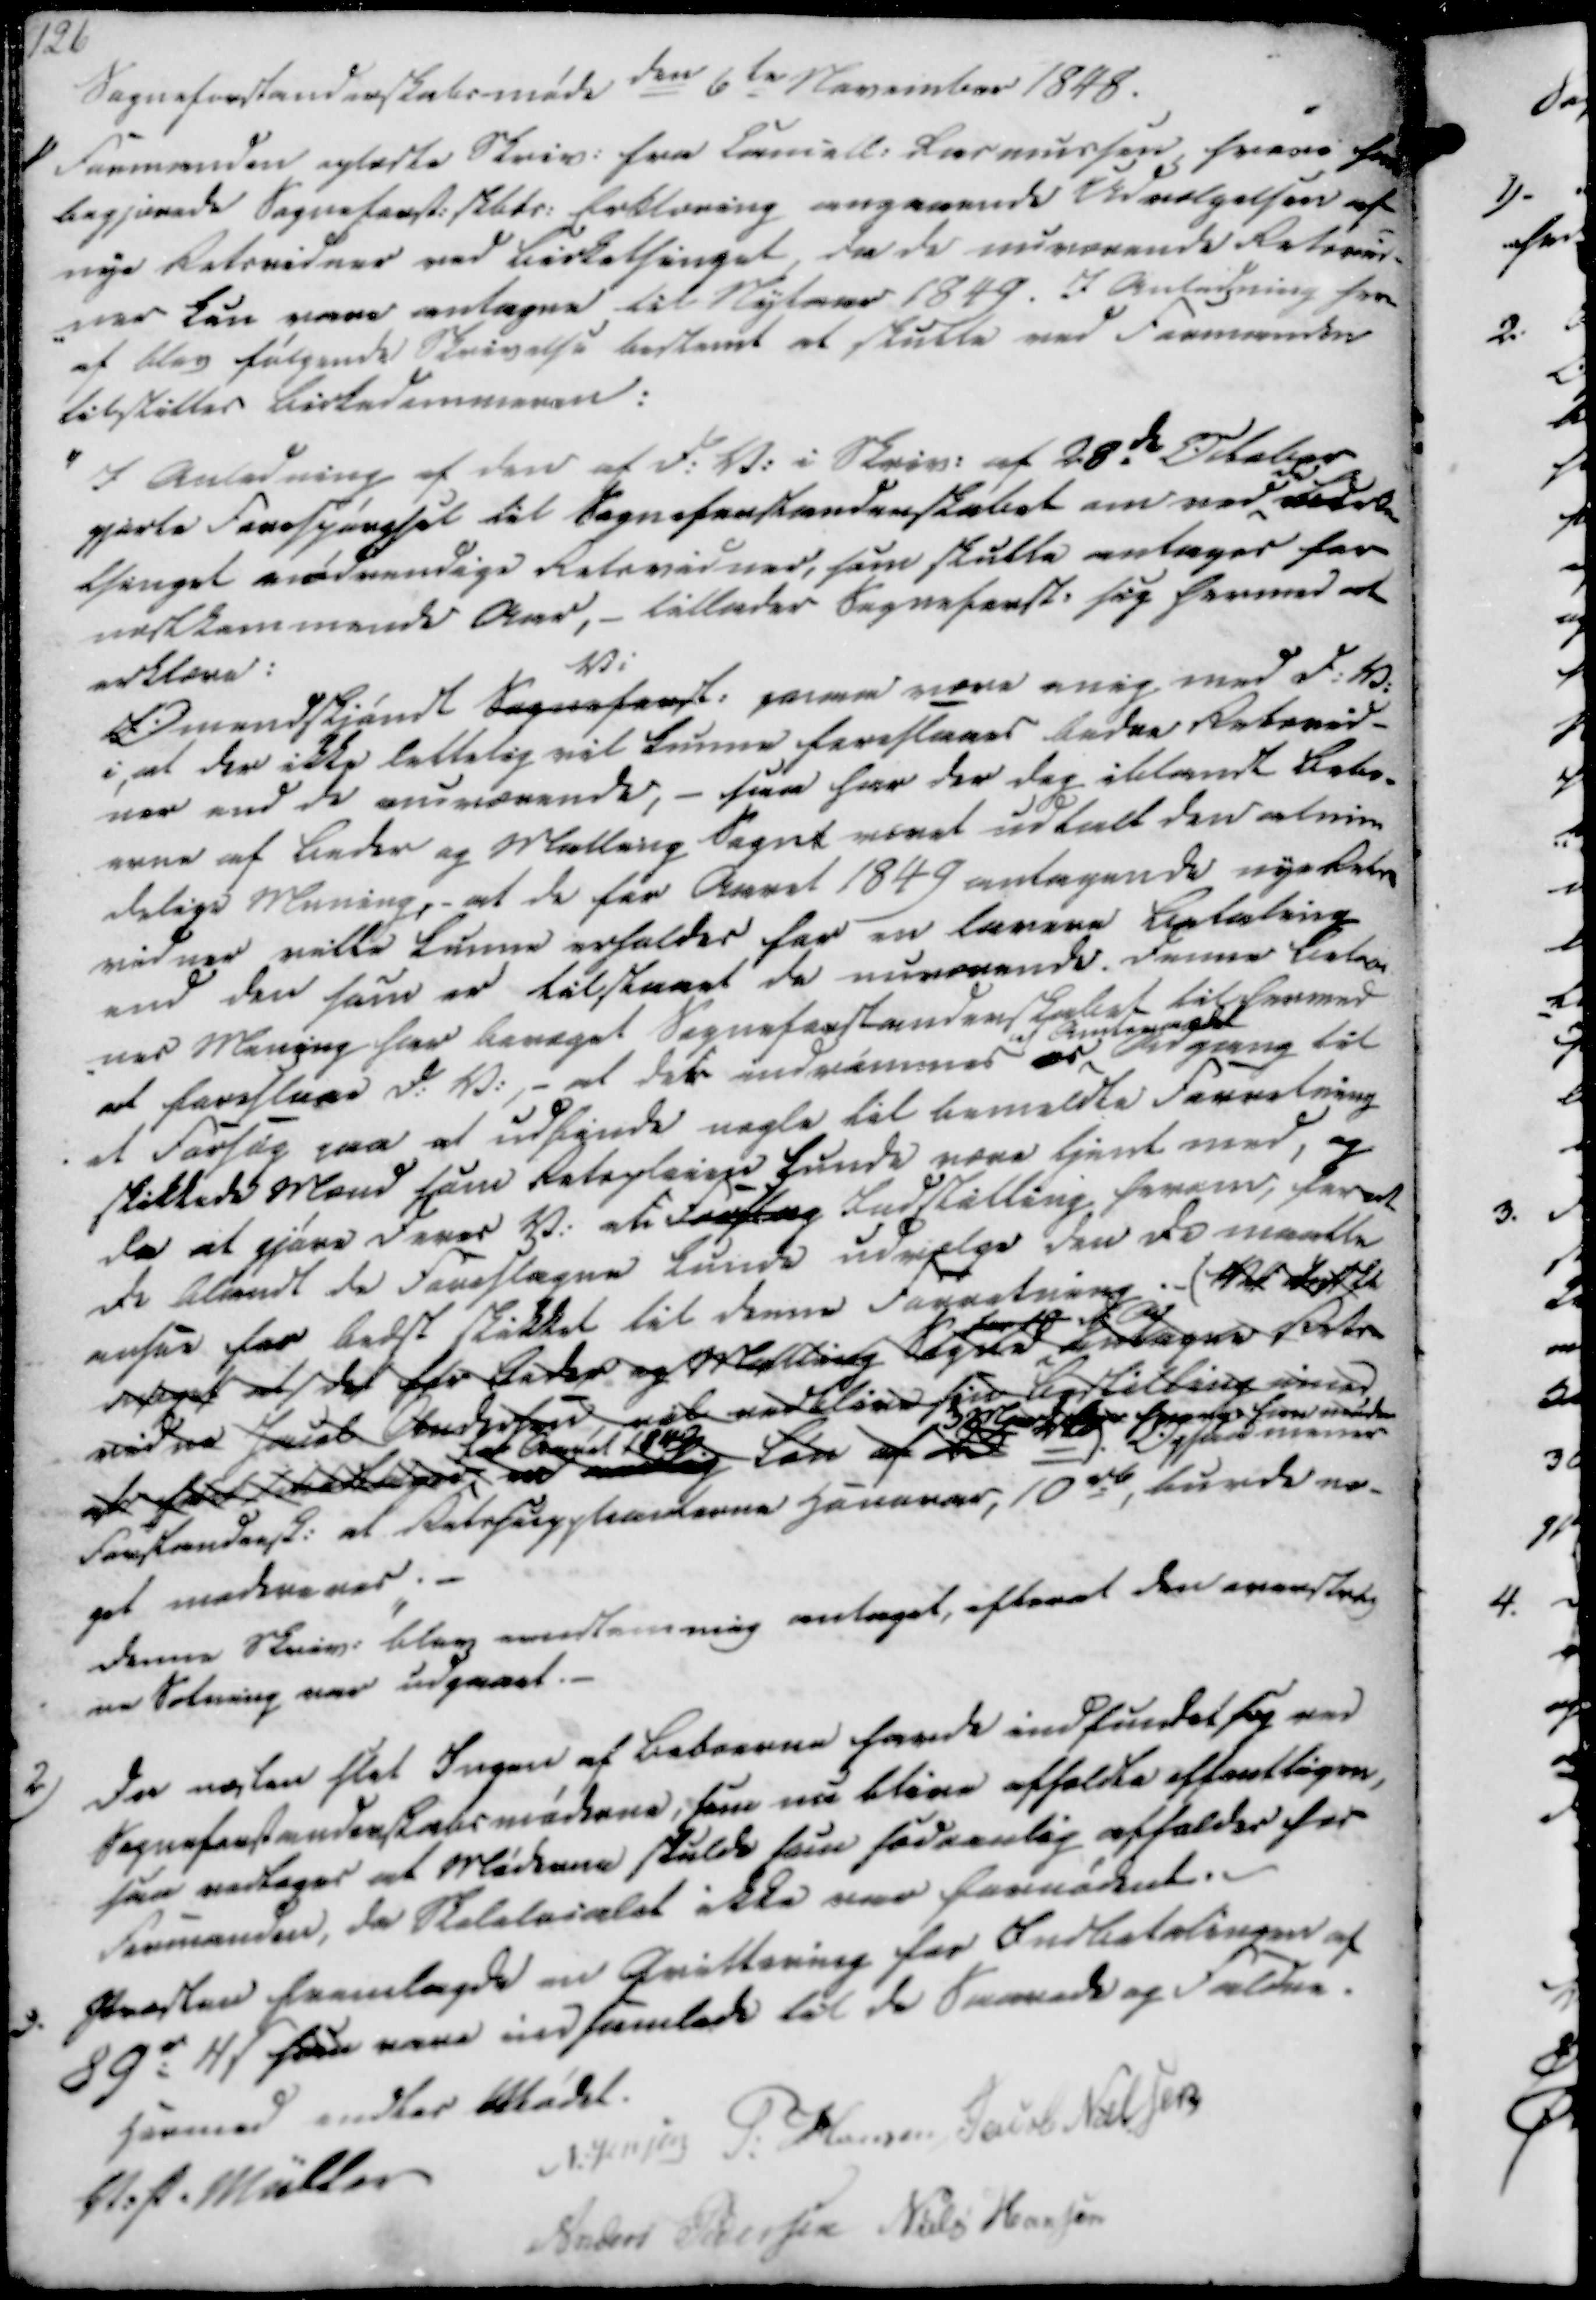
Transskription:
126
Sogneforstanderskabsmøde den 6te November 1848.
1) Formanden oplæste Skriv. fra Cancell. Rasmussen, hvori han
begjærede Sogneforst. skbts. Erklæring angaaende Udvælgelsen af
nye Retsvidner ved Birkethinget, da de nuværende Retsvid-
-ner kan vere antagne til Nytaar 1849. I Anledning her-
af blev følgende Skrivelse bestemt at skulle ved Formanden
tilstilles Birkedommeren:

I Anledning af den af d.V. i Skriv. af 28de October
gjorte Forespørgsel til Sogneforstanderskabet om ved
de
Birke
thinget nødvendige Retsvidner, som skulle antages for
næstkommende Aar, - tillader Sogneforst. sig hermed at
erklære:
Omendskjøndt Sogneforst.
Vi
paae være enig med d. V.
i, at der ikke lettelig vil kunne foreslaaes bedre Retsvid-
ner end de nuværende, - saa har der dog iblandt Bebo-
erne af Beder og Malling Sogne været udtalt den almin
delige Mening, - at de for Aaret 1849 antagende nye Rets-
vidner ville kunne erholdes for en lavere Betaling
end den som er tilstaaet de nuværende. Denne Beboer
-nes Mening har bevæget Sogneforstanderskabet til hermed
at foreslaae d. V., - at det indrømmes er
af Amtsraadet
Adgang til
et Forsøg paa at udfinde nogle til bemeldte Forretning
skikkede Mænd som Retspleien kunde være tjent med, og
da at gjøre Deres V. af Forslag Indstilling herom, forat
De blandt de Foreslagne kunde udvælge den De maatte
ansee for bedst skikket til denne Forretning. (Ved ste
 at det for Beder og Malling Sogne antagne Rets
vidne Jacob Andersen, vil vedblive sin bestilling imod
at 
for Amtet 1849
 Løn af 
3
Opford. mener
Forstandersk. at Retssuppleanterne Honorar, 10 rd, burde no-
get modereres.
Denne Skriv. blev enstemmig antaget, efterat den overstreg
ne Sætning var udgaaet.

2) Da næsten slet Ingen af Beboerne havde indfundet sig ved
Sogneforstanderskabsmøderne, som nu blive afholdte offentligen,
saa vedtoges at Møderne skulde som sædvanlig afholdes hos
Formanden, da Skolelocalet ikke var fornødent.
3. Præsten fremlagde en Qvittering for Indbetalingen af
89 r 4₻ som vare indsamlede til de Saarede og Faldne.
Hermed endtes Mødet.
V. P. Müller
N. Jensen
P. Hansen
Jacob Nielsen
Anders Pedersen
Niels Hansen